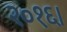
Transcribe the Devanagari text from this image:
२०१६।